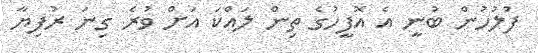
ފުލުހުން ބުނީ އެ އޮފީހުގެ ތިން ލައްކަ އަށް ވުރެ ގިނަ ރުފިޔާ